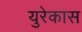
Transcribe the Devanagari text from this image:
युरेकास